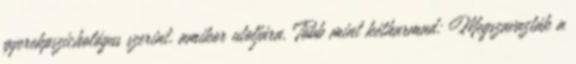
gyerekpszichológus szerint, amikor utoljára. Több mint kétharmad: Megszavazták a